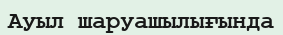
Ауыл шаруашылығында